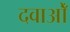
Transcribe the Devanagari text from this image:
दवाओँ